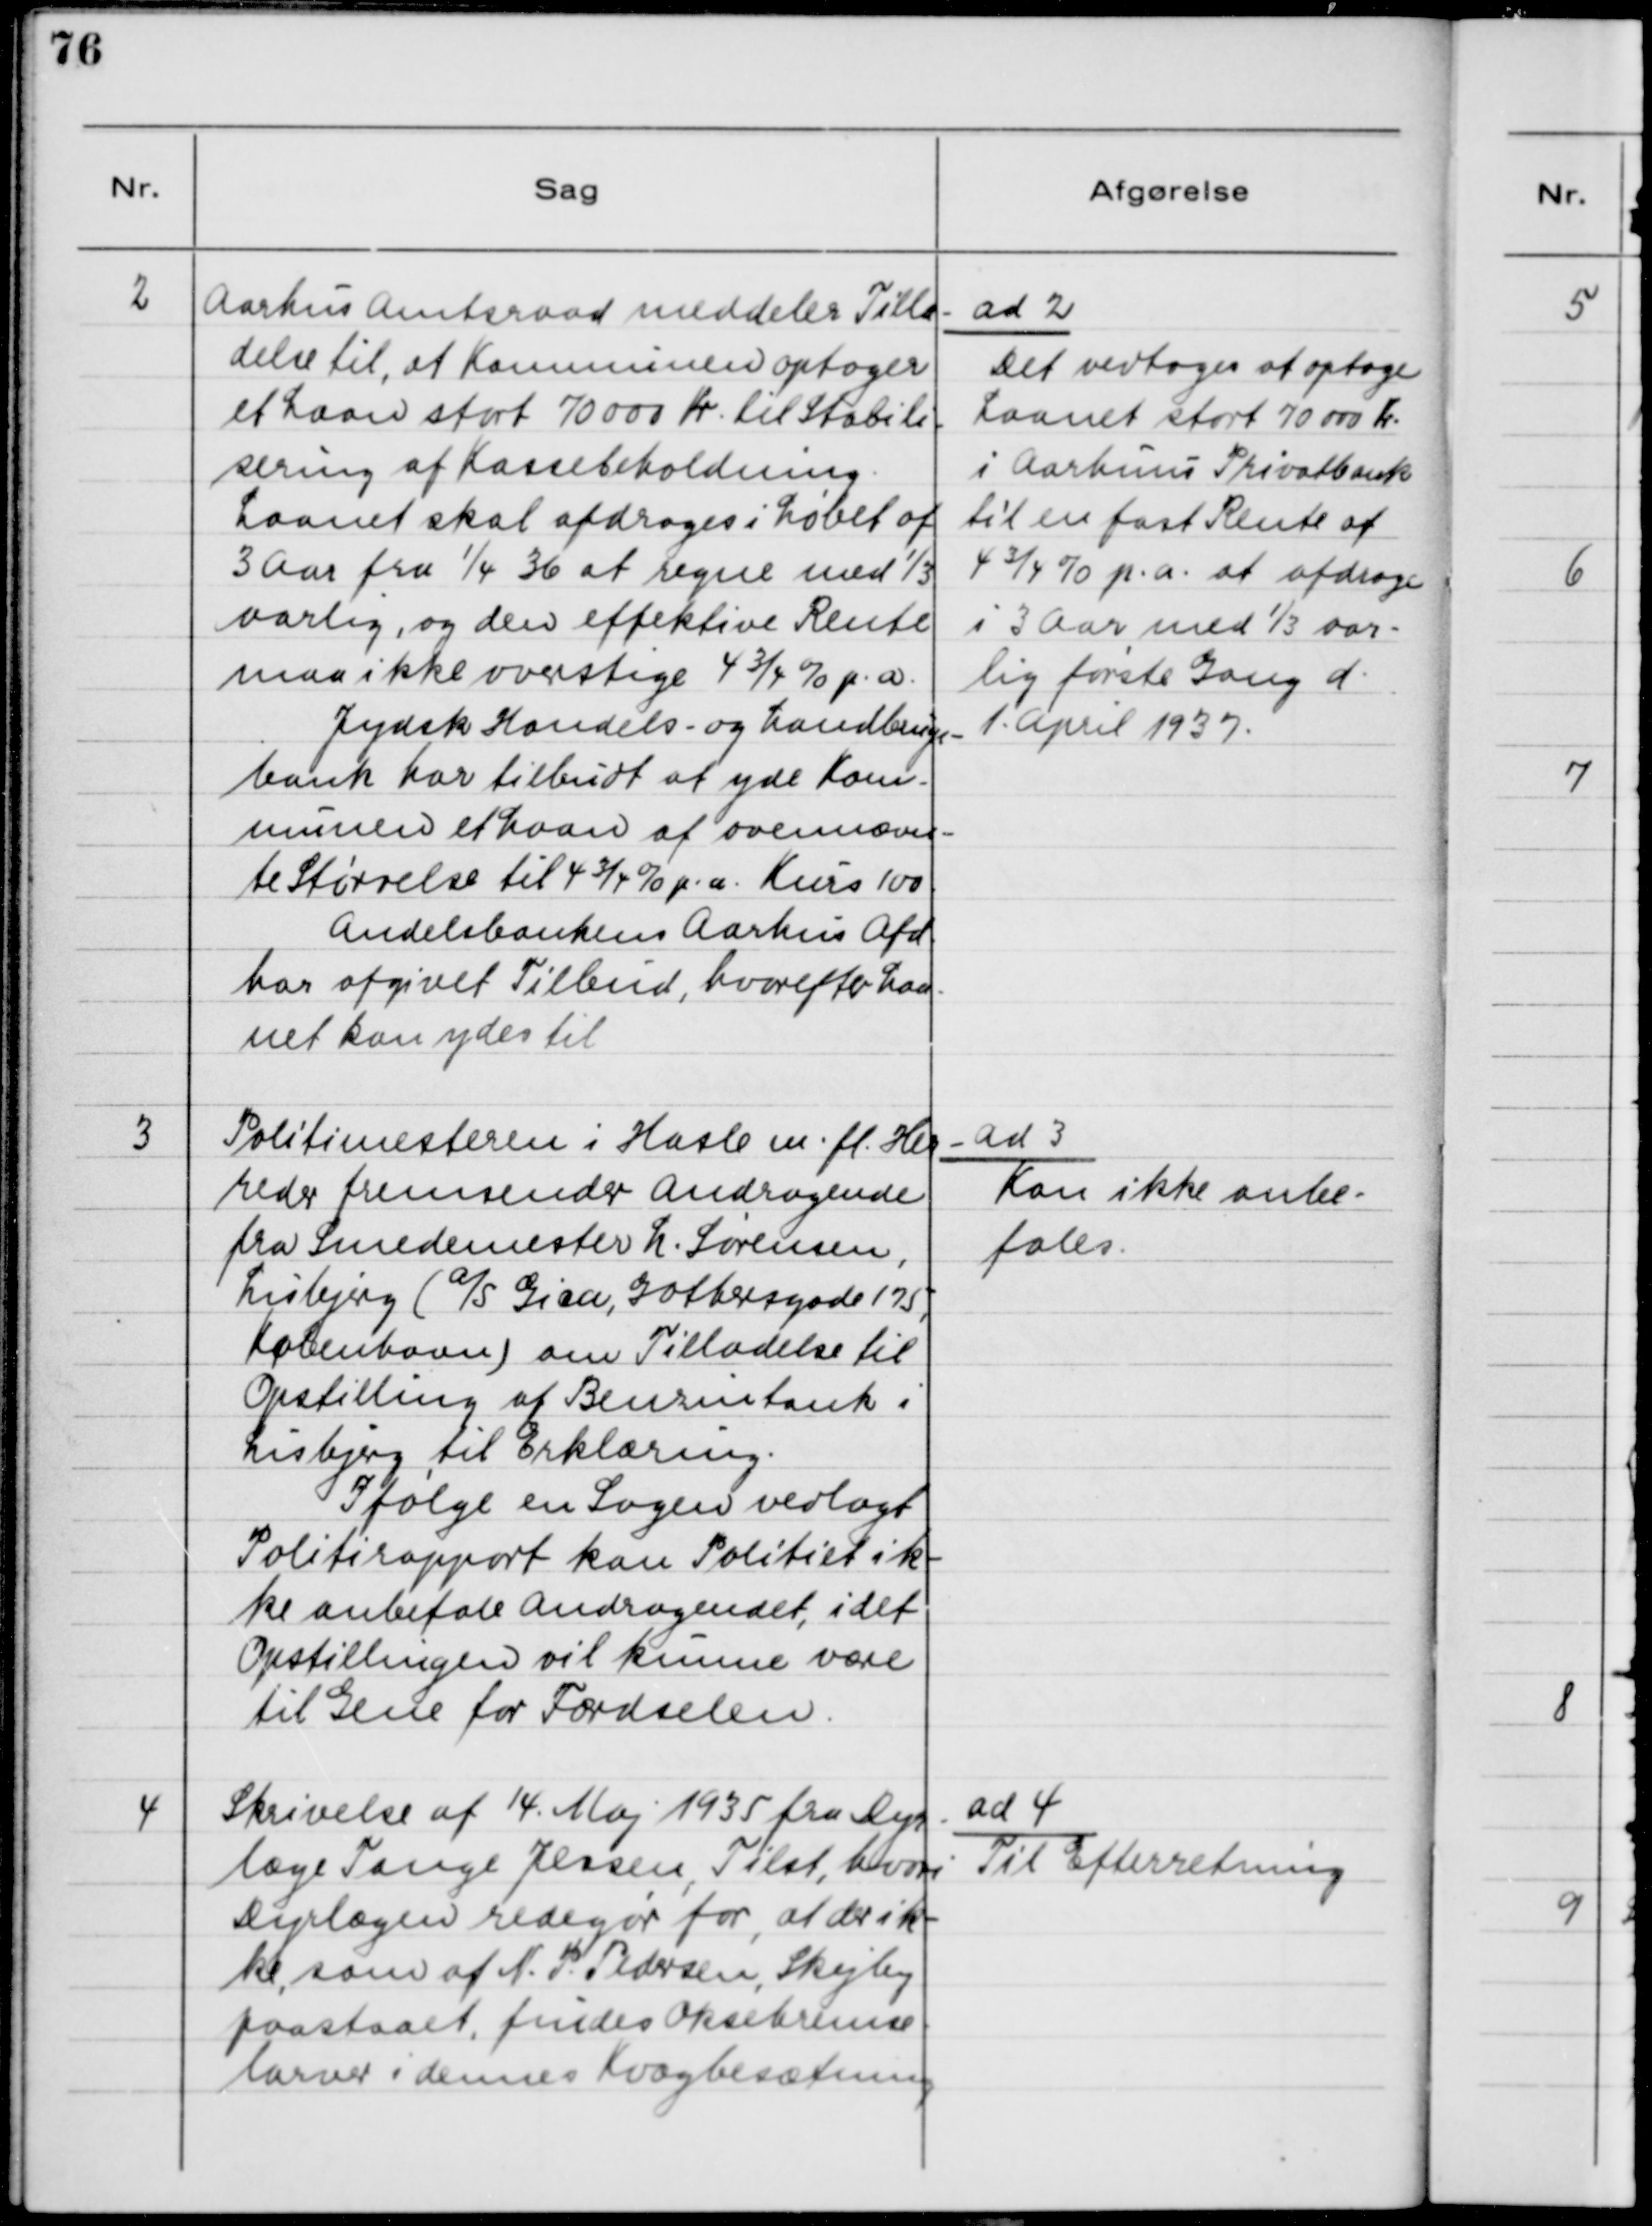
Transskription:
2

Aarhus Amtsraad meddeler Tilla-
delse til, at Kommunen optager
et Laan stort 70000 Kr. til Stabili-
sering af Kassebeholdning.
Laanet skal afdrages i Løbet af
3 Aar fra 1/4 36 at regne med 1/3
aarlig, og den effektive Rente
maa ikke overstige 4 3/4 % p.a.
Jydsk Handels- og Landbrugs-
bank har tilbudt at yde Kom-
munen et Laan af ovennævn-
te Størrelse til 4 3/4 % p.a. Kurs 100.
Andelsbanken Aarhus Afd.
har afgivet Tilbud, hvorefter Laa-
net kan ydes til

ad 2.
Det vedtoges at optage
Laanet stort 70000 Kr.
i Aarhus Privatbank
til en fast Rente af
4 3/4 % p.a. at afdrage
i 3 Aar med 1/3 aar-
lig første Gang d.
1. April 1937.

3

Politimesteren i Hasle m.fl. Her-
reder fremsender Andragende
fra Smedemester L. Sørensen,
Lisbjerg (A/S Gica, Gothersgade 175,
København) om Tilladelse til
Opstilling af Benzintank i
Lisbjerg til Erklæring.
Ifølge en Sagen vedlagt
Politirapport kan Politiet ik-
ke anbefale Andragendet, idet
Opstillingen vil kunne være
til Gene for Færdselen.

ad 3.
Kan ikke anbe-
fales

4

Skrivelse af 14. Maj 1935 fra Dyr-
læge Tange Jessen, Tilst, hvori
Dyrlægen redegør for, at der ik-
ke, som af N. P. Pedersen, Skejby
paastaaet, findes Oksebremse-
larver i denne Kvægbesætning.

ad 4.
Til Efterretning